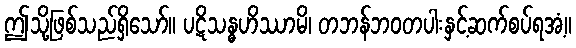
ဤသို့ဖြစ်သည်ရှိသော်။ ပဋိသန္ဓဟိဿာမိ၊ တဘန်ဘဝတပါးနှင့်ဆက်စပ်ရအံ့။